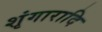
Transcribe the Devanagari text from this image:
शृंगारादि